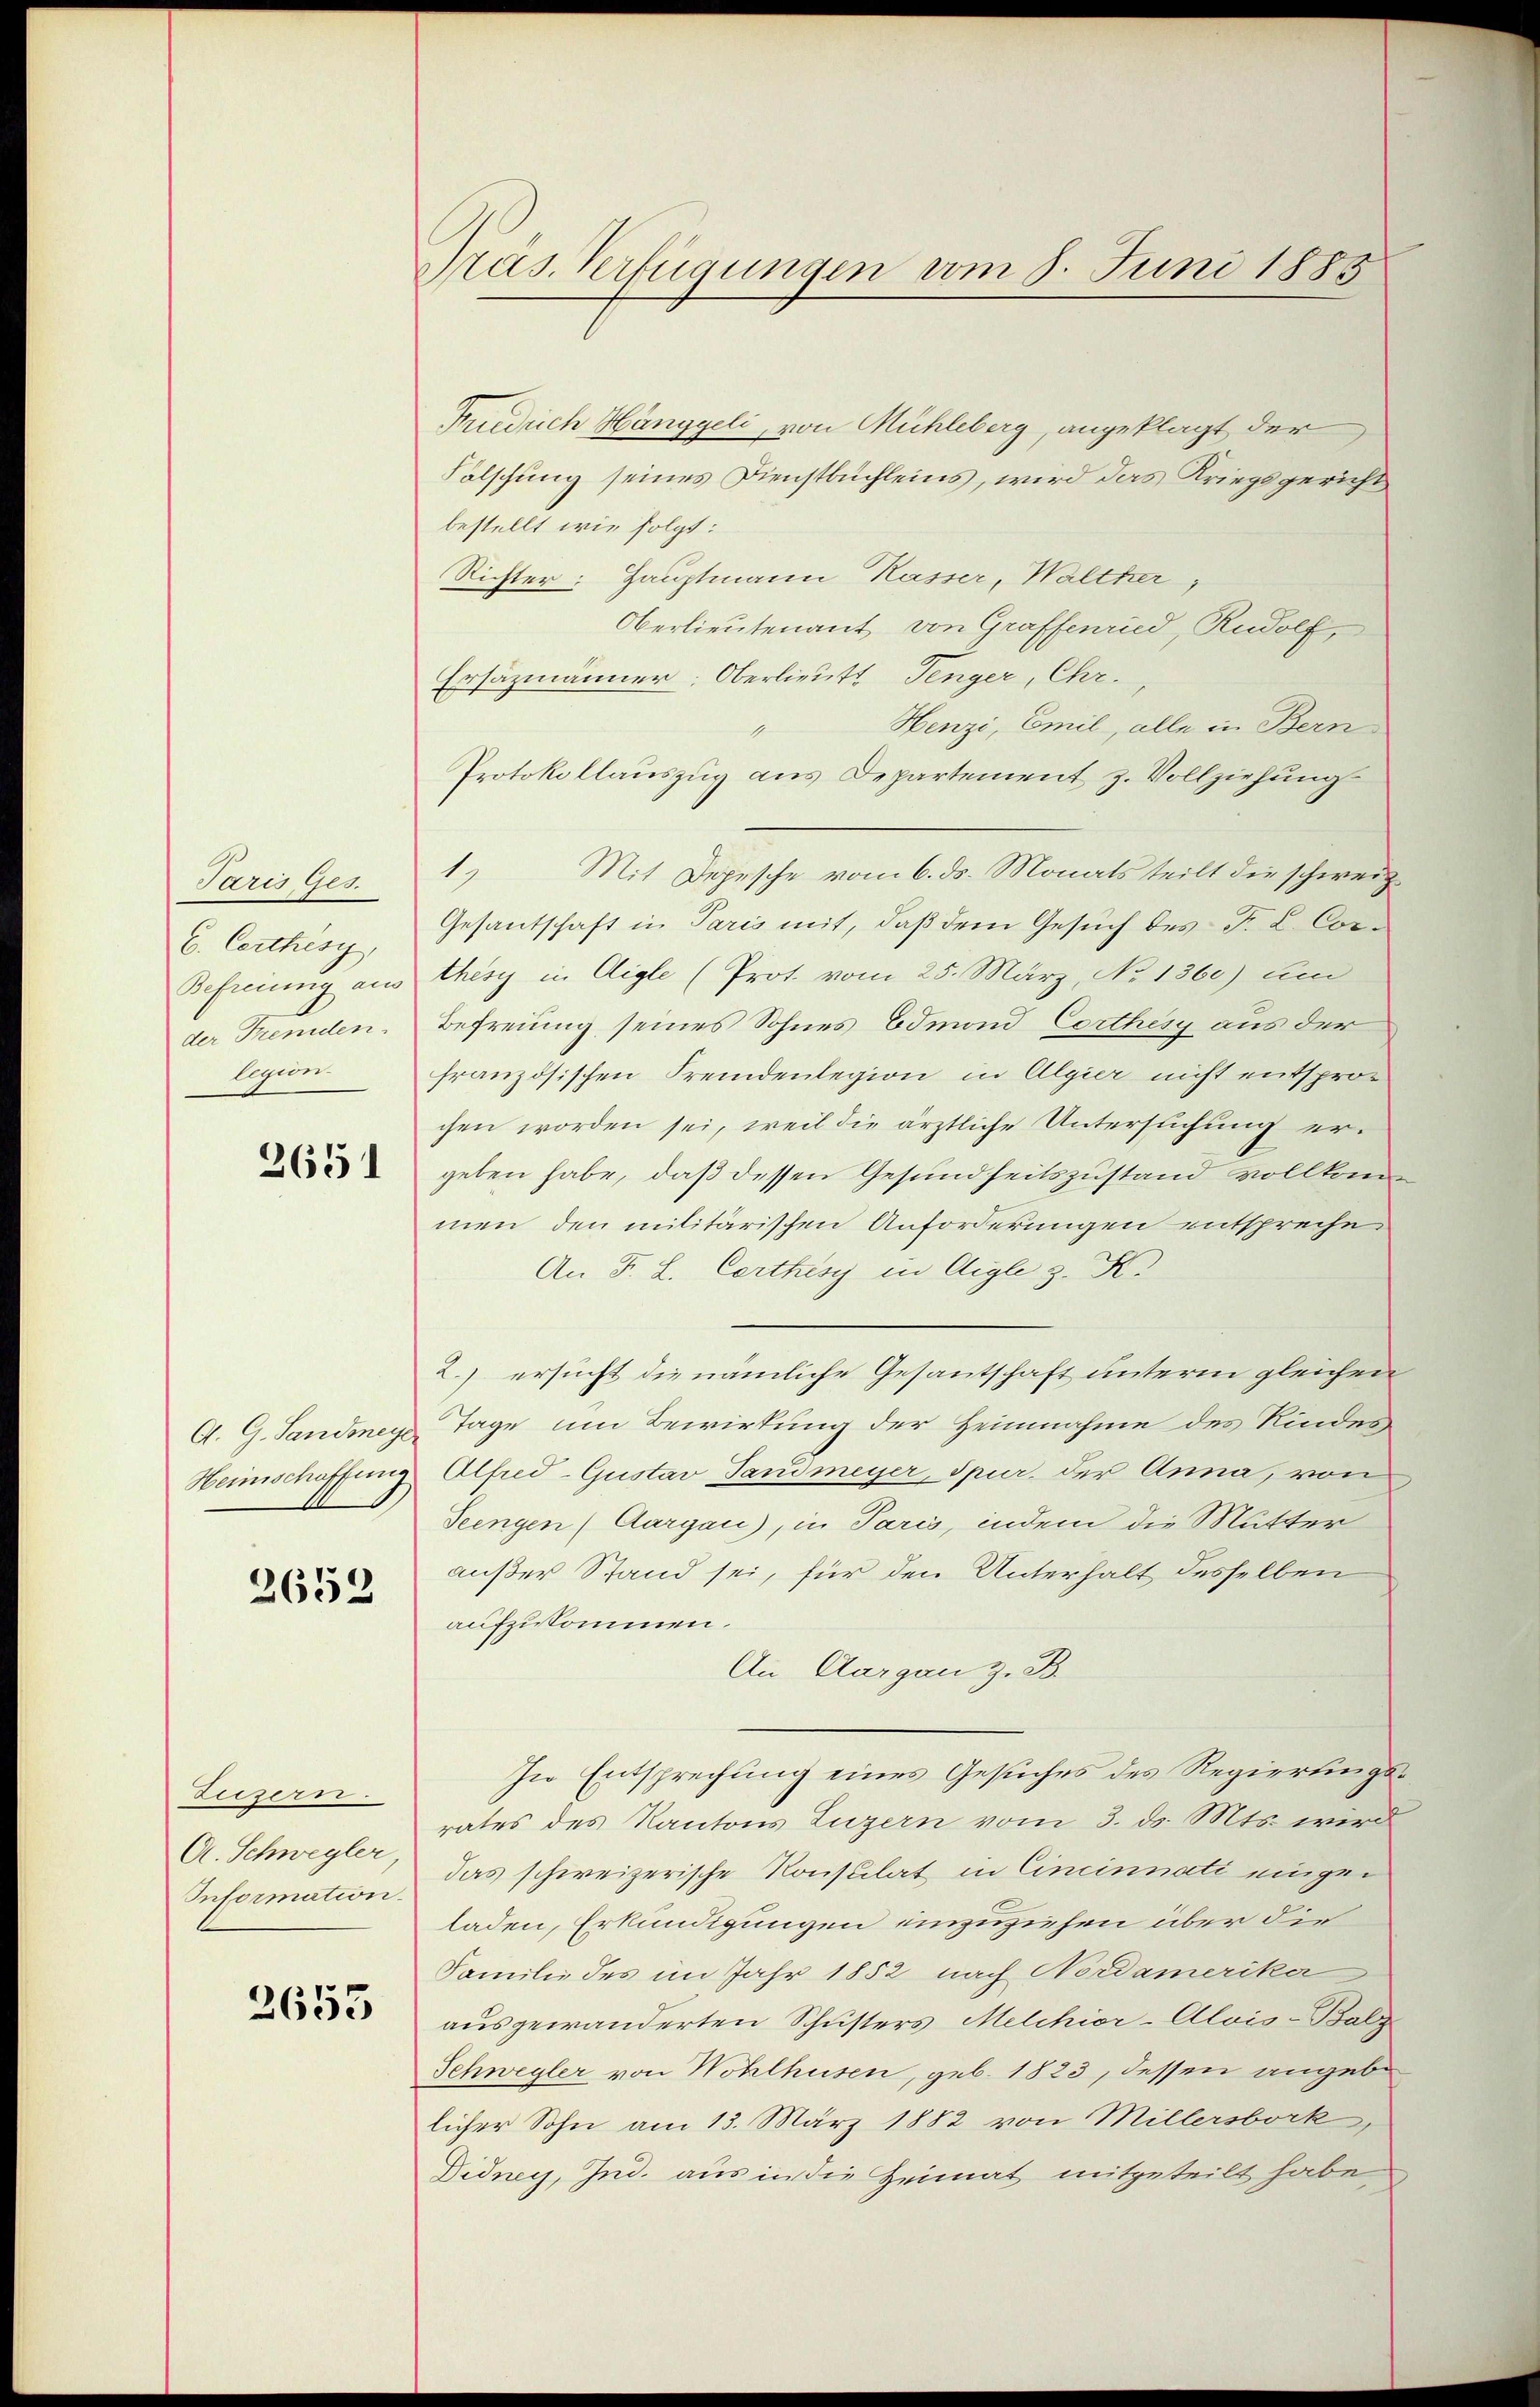
Paris Ges.
6. Certhisy,
Befreiung am
der Fremden.
lgin.

2651

2653

Zeizern.
A. Schwegler
Information.

2655

Präs. Verfügungen vom 8. Juni 1885

Friedrich Hänggeli, von Mühleberg, angeklagt der
Fälschung seines Dienstbuchleins, wird das Kriegsgericht
bestellt wie folgt:
Richter: Hauptmann Kasser, Walther
Oberlieutenant von Graffenried, Rudolf,
Ersäzmänner: Oberlieutt Tenger, Chr.
Henzi, Emil, alle in Bern
mchen
Protokollauszug aus Departement, z. Vollziehung
1.
Mit Depesche vom 6. ds. Monats teilt die schweiz.
Gesantschaft in Paris mit, daß dem Gesuch des F. L. Corthesy in Aigle (Prot. vom 25. März, No 1360) um
Befreiung seines Sohnes Edmond Corthes aus der
französischen Fremdenlegion in Algier nicht entsprochen worden sei, weil die ärztliche Untersuchung ergeben habe, daß dessen Gesundheitszustand vollkommen den militärischen Anforderungen entspreche
An F. L. Certhes in Aigle z. K.
2.) ersucht die nämliche Gesantschaft unterm gleichen
A. G. Sandmey Tage um Bewirkung der Heimnahme des Kindes
Heimschaffung Alfred-Gustav Sandmeyer, Spier. der Anna, von
Seengen (Aargau), in Paris, indem die Mutter
außer Stand sei, für den Unterhalt desselben
aufzukommen.
An Aargau z. B.
In Entsprechung eines Gesuches des Regierungsrates des Kantons Luzern vom 3. ds. Mts. wird
das schweizerische Konsulat in Cincinnati eingeladen, Erkundigungen einzuziehen über die
Familie des im Jahr 1852, nach Nordamerika
ausgewanderten Schusters Melchior-Alvis-Balz
Schwegler von Wohlthusen, geb. 1823, dessen angebe
licher Sohn am 13. März 1882 von Millersbork,
Didney, Jnd. aus in die Heimat mitgeteilt habe